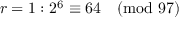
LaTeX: r = 1 : 2 ^ { 6 } \equiv 6 4 { \pmod { 9 7 } }